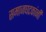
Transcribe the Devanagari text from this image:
समाजघटकांनी